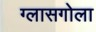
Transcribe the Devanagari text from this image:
ग्लासगोला